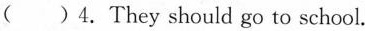
( )4.They should go to school.